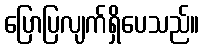
ပြောပြလျက်ရှိပေသည်။